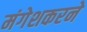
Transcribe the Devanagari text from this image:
मंगेशकरने